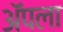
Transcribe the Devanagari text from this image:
अॅपला